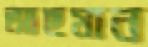
আছমান